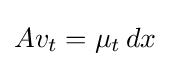
Av_{t}=\mu _{t}\,dx